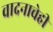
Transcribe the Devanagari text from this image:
वादनाचेही